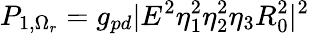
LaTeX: P_{1,\Omega_{r}}=g_{pd}|E^{2}\eta_{1}^{2}\eta_{2}^{2}\eta_{3}R_{0}^{2}|^{2}